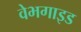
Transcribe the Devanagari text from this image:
वेभगाइड